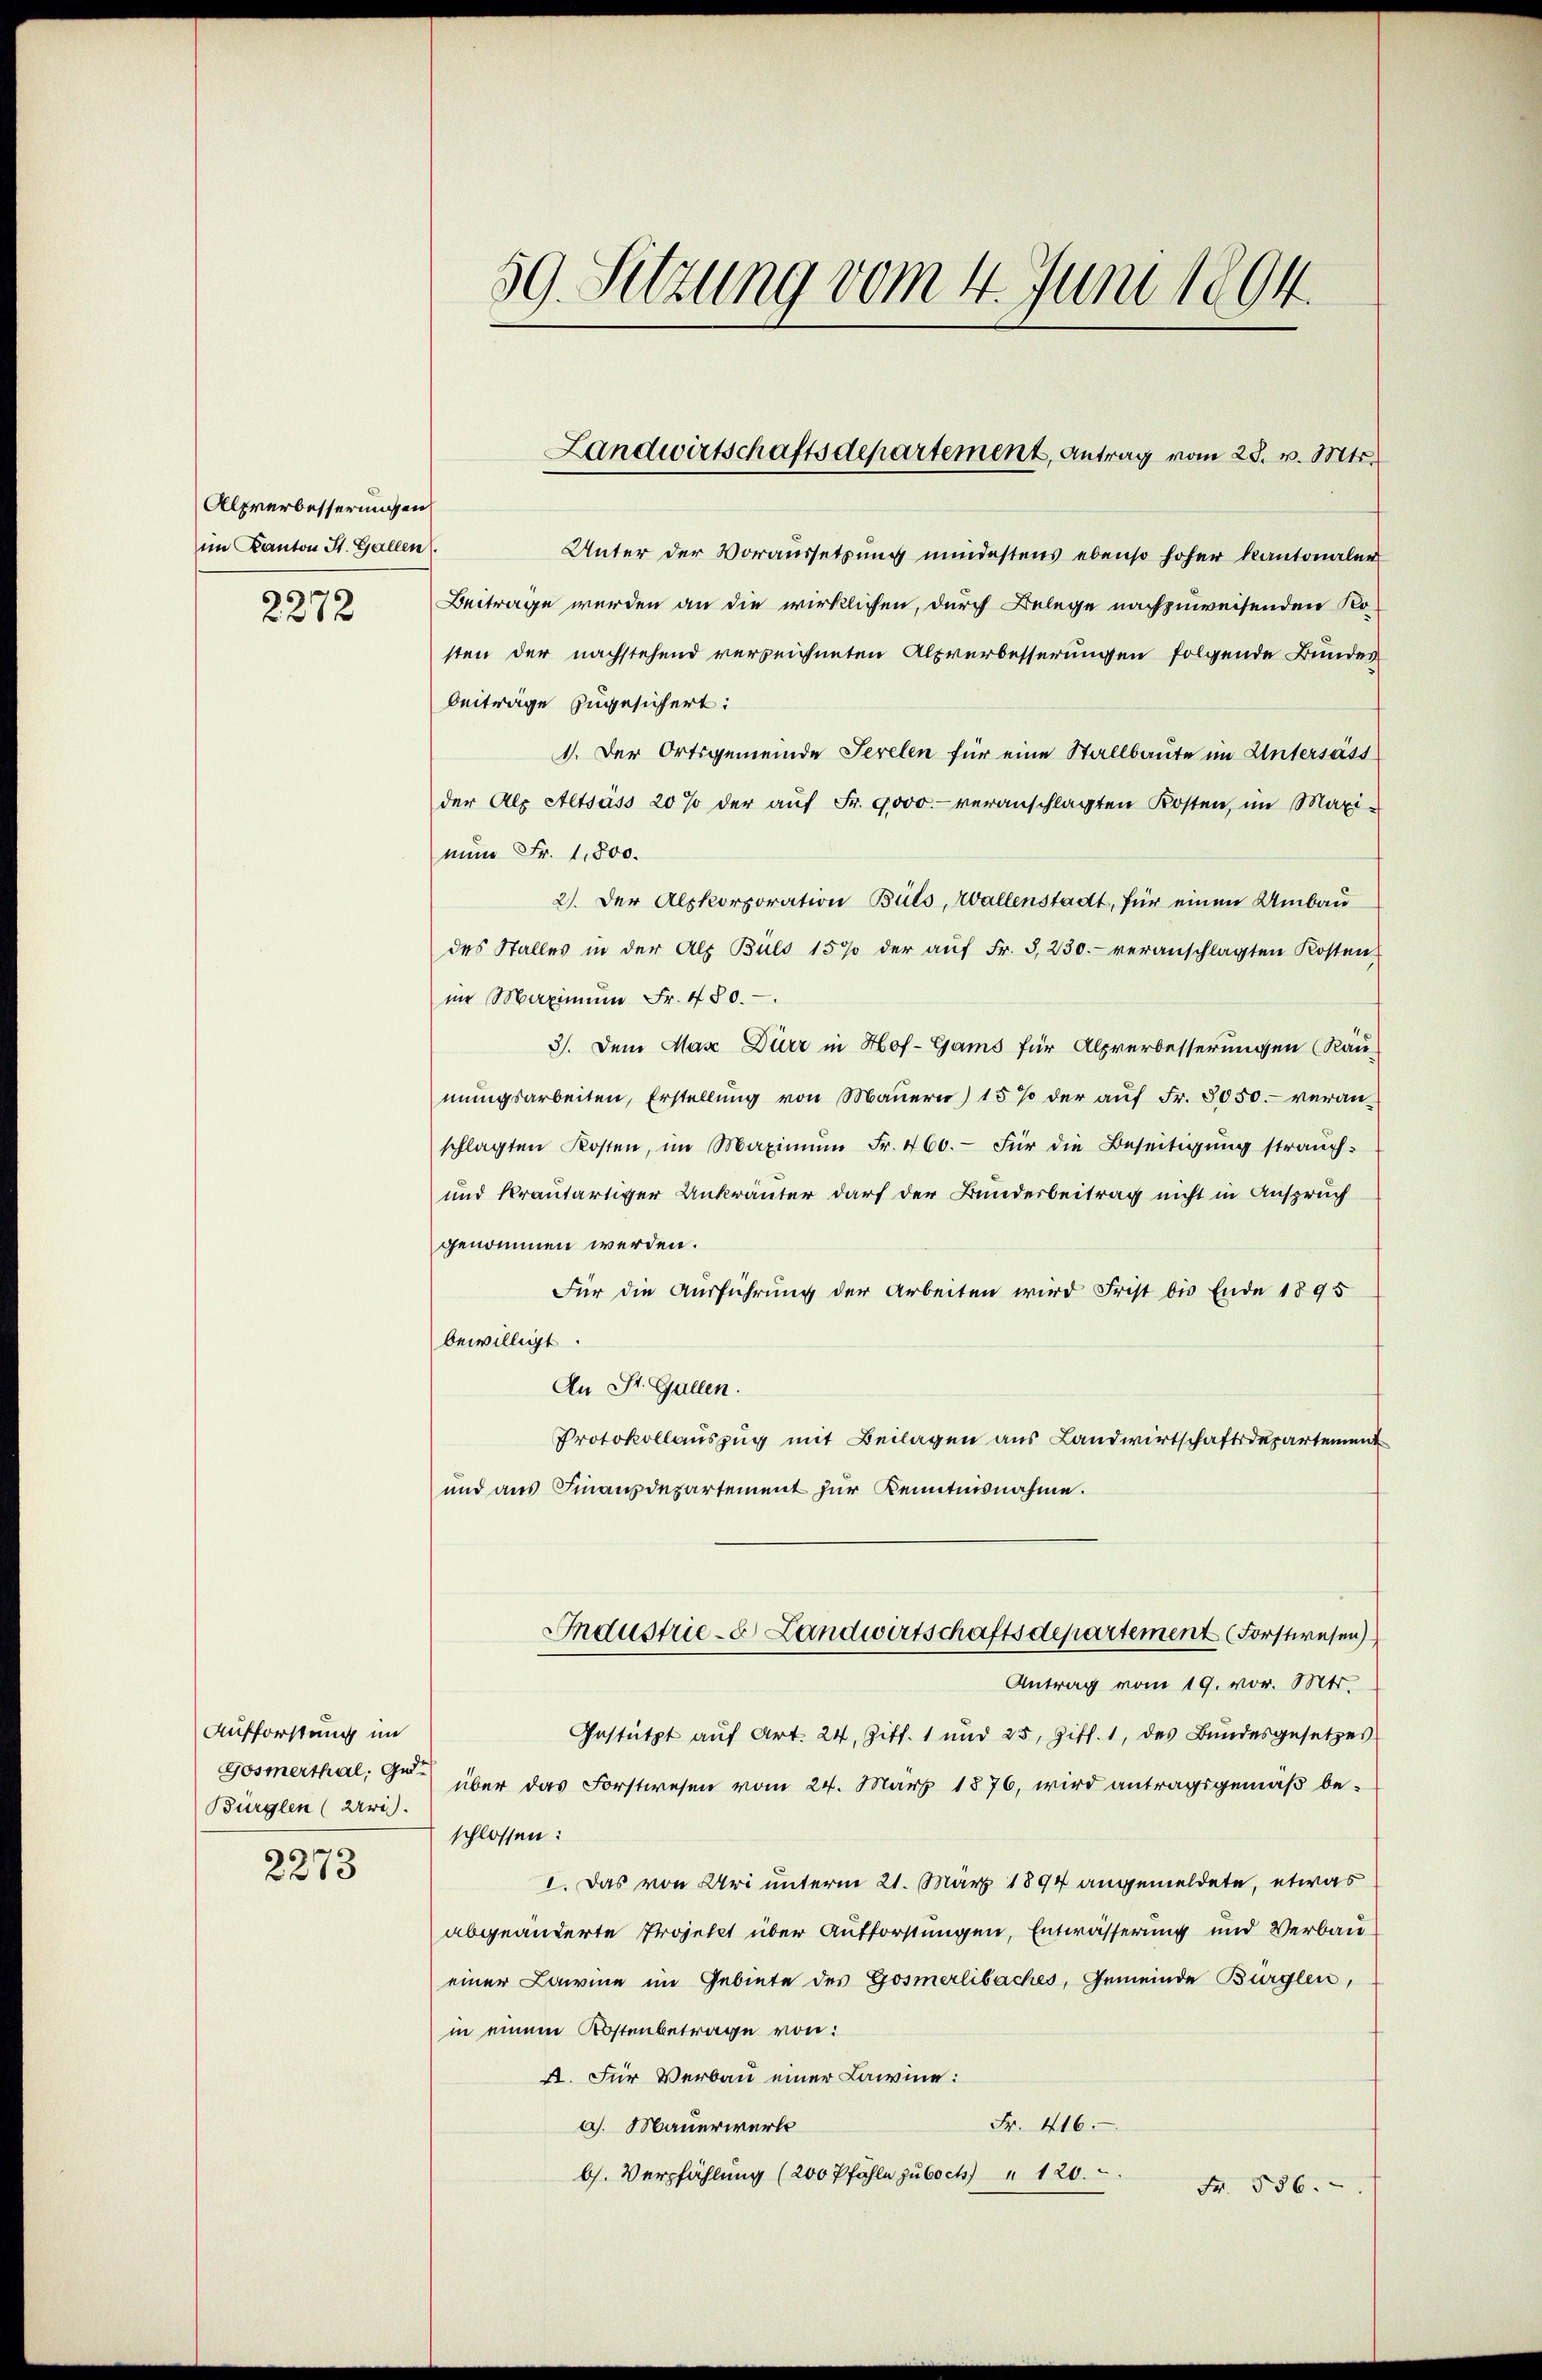
Alprerbessermassen
im Kanton St. Gallen
2272

Aufforstung im
Bürglen (wi
2273

59. Sitzung vom 4. Juni 1894.

Unter der Voraussetzung mindestens ebenso hoher Kantonalen
Beitrage werden an die wirklichen, durch Belege nachzuweisenden Kosten der nachstehend verzeichneten Alpverbesserungen folgende Bundes
beiträge zugesichert:
1. Der Ortsgemeinde Serelen für eine Stallbaute im Untersäss
der Alp Altsáss 20 % der aŭf Fr. 9000.- veranschlagten Kosten, im Maxi-
nun Fr. 1,800.
2). Der Alpkorporation Buls, Wallenstadt, für einen Umbau
des Stalles in der Als Büls 1570 der aŭf Fr. 3, 230. veranschlagten Kosten
in Maximŭm Fr. 480.
3). Dem Max Dürr in Hof- Gams für Alprerbesserungen (Räu
mŭngsarbeiten, Erstellŭng von Maŭern) 15% der aŭf Fr. 3050.- veran-
schlagten Kosten, im Maximŭm Fr. 460.- Für die Beseitigŭng straŭch-
und krautartiger Ankräuter darf der Bunderbeitrag nicht in Anspruch
genommen werden.
Für die Ausführung der Arbeiten wird Frist bis Ende 1895
bewilligt.
An St. Gallen.
Protokollauszug mit Beilagen aus Landwirtschaftsdepartement
und aus Finanzdepartement zur Kenntnisnahme.
Industrie-C. Landwirtschaftsdepartement (Forstwesen)
Antrag vom 19. vor. Mts.
Gestützt auf Art. 24, Zitt. 1 und 25, Ziff. 1, des Bundesgesetzes
Gosmerthal, die über das Forstwesen vom 24. März 1876, wird antragsgemäß beschlossen:
I. Das von Uri unterm 21. März 1894 angemeldete, etwas
abgeänderte Projekt über Aufforstungen, Entwässerung und Verbaueiner Lawine im Gebiete des Gosmerlibaches, Gemeinde Bürglen,
in einem Kostenbetrage von:
A. Für Verbau einer Lawine:
Fr. 416.
a). Mauerwerk
b. Verpfählung (200 Pfähle zu Coch) " 120.
Fr. 556.

Landwirtschaftsdepartement, Antrag vom 28. v. Mts.